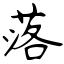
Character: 落